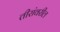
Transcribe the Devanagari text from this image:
तीरांवरील